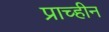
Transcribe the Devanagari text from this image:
प्राच्हीन